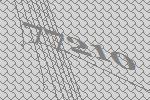
77210